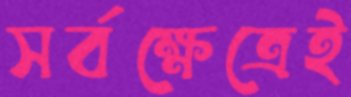
সর্বক্ষেত্রেই